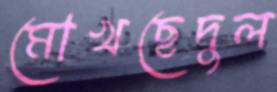
মোখছেদুল